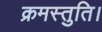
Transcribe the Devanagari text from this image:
क्रमस्तुति।